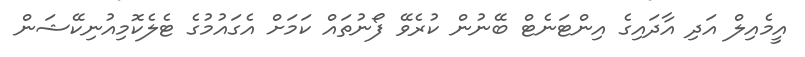
އީމެއިލް އަދި އާދައިގެ އިންޓަނެޓް ބޭނުން ކުރެވޭ ފޯނުތައް ކަމަށް އެގައުމުގެ ޓެލެކޮމިއުނިކޭޝަން